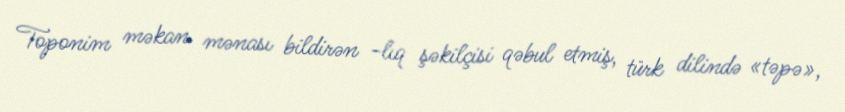
Toponim məkan mənası bildirən -lıq şəkilçisi qəbul etmiş, türk dilində «təpə»,